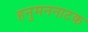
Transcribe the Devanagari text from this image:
हनुमननाटक